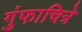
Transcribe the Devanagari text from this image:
गुंफाचित्रे